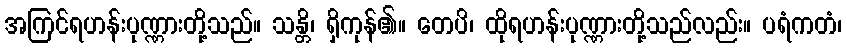
အကြင်ရဟန်းပုဏ္ဏားတို့သည်။ သန္တိ၊ ရှိကုန်၏။ တေပိ၊ ထိုရဟန်းပုဏ္ဏားတို့သည်လည်း။ ပရံကတံ၊